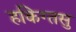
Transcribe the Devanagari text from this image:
हकिग्तसु